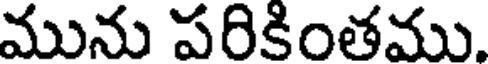
మును పరికింతము.